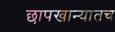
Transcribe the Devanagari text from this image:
छापखान्यातच